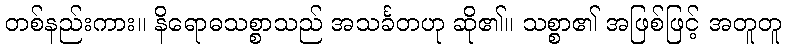
တစ်နည်းကား။ နိရောဓသစ္စာသည် အသင်္ခတဟု ဆို၏။ သစ္စာ၏ အဖြစ်ဖြင့် အတူတူ